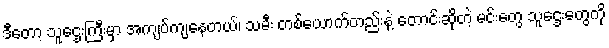
ဒီတော့ သူဌေးကြီးမှာ အကျပ်ကျနေတယ်၊ သမီး တစ်ယောက်တည်းနဲ့ တောင်းဆိုတဲ့ မင်းတွေ သူဌေးတွေကို